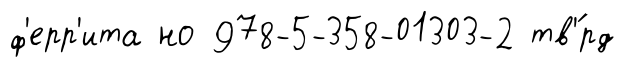
ф'ерр'ита но 978-5-358-01303-2 тв'́рд